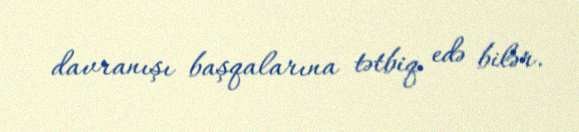
davranışı başqalarına tətbiq edə bilər.